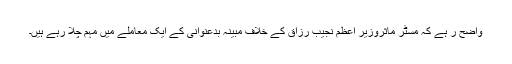
واضح ر ہے کہ مسٹر ماثروزیر اعظم نجیب رزاق کے خلاف مبینہ بدعنوانی کے ایک معاملے میں مہم چلا رہے ہیں۔